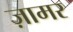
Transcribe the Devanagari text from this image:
ज़ामर